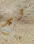
لم